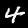
Digit: 4